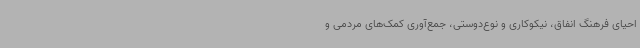
احیای فرهنگ انفاق، نیکوکاری و نوع‌دوستی، جمع‌آوری کمک‌های مردمی و